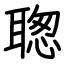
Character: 聦